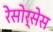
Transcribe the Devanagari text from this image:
रेसोर्सेस